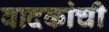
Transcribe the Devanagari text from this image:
वादकांची